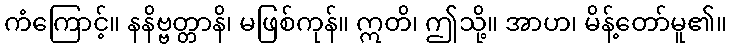
ကံကြောင့်။ နနိဗ္ဗတ္တာနိ၊ မဖြစ်ကုန်။ ဣတိ၊ ဤသို့။ အာဟ၊ မိန့်တော်မူ၏။